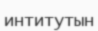
интитутын